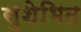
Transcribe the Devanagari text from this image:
सुशेभित